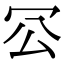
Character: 𠕺